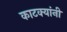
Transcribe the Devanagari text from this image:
काटक्यांनी